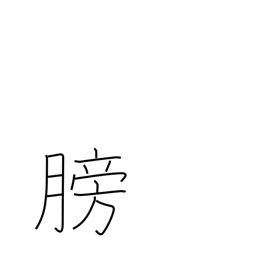
Meaning: bladder